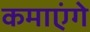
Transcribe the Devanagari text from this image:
कमाएंगे